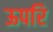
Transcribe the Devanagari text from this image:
ऊपरि